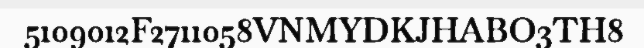
5109012F2711058VNMYDKJHABO3TH8